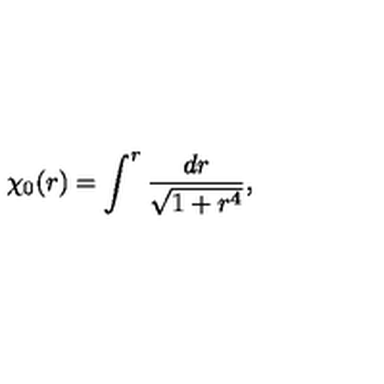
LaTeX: \chi _ { 0 } ( r ) = \int ^ { r } \frac { d r } { \sqrt { 1 + r ^ { 4 } } } ,